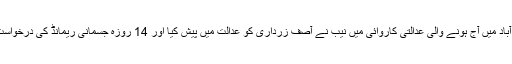
اسلام آباد میں آج ہونے والی عدالتی کاروائی میں نیب نے آصف زرداری کو عدالت میں پیش کیا اور 14 روزہ جسمانی ریمانڈ کی درخواست کی۔